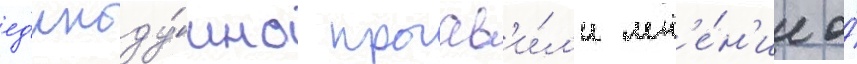
ед'иноду́шно проав'и́л'и мн'е́н'ие о́